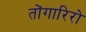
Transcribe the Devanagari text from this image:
तोंगारिरो